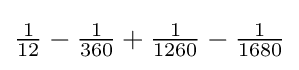
\textstyle {\frac {1}{12}}-{\frac {1}{360}}+{\frac {1}{1260}}-{\frac {1}{1680}}